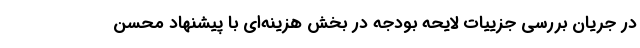
در جریان بررسی جزییات لایحه بودجه در بخش هزینه‌ای با پیشنهاد محسن